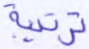
ترتيبة